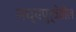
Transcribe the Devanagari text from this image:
मध्यपुर्वेतील